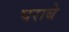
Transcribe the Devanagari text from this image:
घराबे